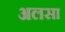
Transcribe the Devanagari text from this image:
अलसा